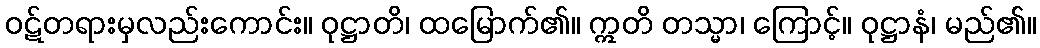
ဝဋ်တရားမှလည်းကောင်း။ ဝုဋ္ဌာတိ၊ ထမြောက်၏။ ဣတိ တသ္မာ၊ ကြောင့်။ ဝုဋ္ဌာနံ၊ မည်၏။